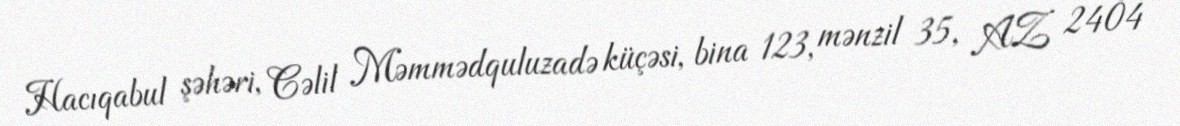
Hacıqabul şəhəri, Cəlil Məmmədquluzadə küçəsi, bina 123, mənzil 35, AZ 2404